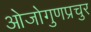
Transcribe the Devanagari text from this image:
ओजोगुणप्रचुर